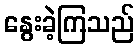
နွေးခဲ့ကြသည်